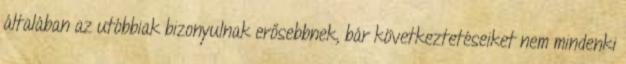
általában az utóbbiak bizonyulnak erősebbnek, bár következtetéseiket nem mindenki